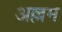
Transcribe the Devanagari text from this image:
अल्लम